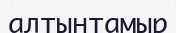
алтынтамыр